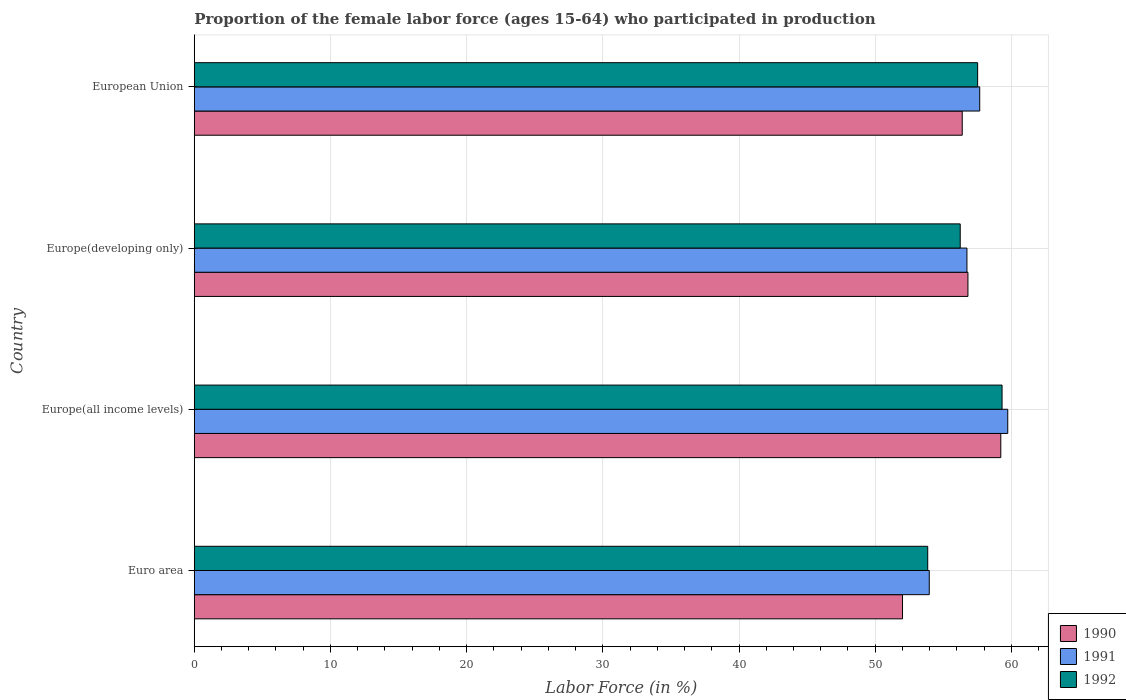
| Country | 1990 | 1991 | 1992 |
 | --- | --- | --- | --- |
 | Euro area | 52 | 54 | 53.9 |
 | Europe(all income levels) | 59.2 | 59.7 | 59.3 |
 | Europe(developing only) | 56.8 | 56.7 | 56.2 |
 | European Union | 56.4 | 57.7 | 57.5 |